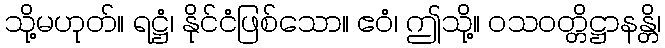
သို့မဟုတ်။ ရဋ္ဌံ၊ နိုင်ငံဖြစ်သော။ ဧဝံ၊ ဤသို့။ ဝသဝတ္တိဋ္ဌာနန္တိ၊